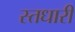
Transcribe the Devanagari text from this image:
स्तधारी